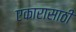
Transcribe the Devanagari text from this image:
एकारासाठी